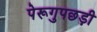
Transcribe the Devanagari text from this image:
पेरूगुपछड़ी